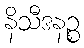
နိသီဒနဉ္စ